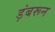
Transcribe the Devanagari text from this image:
ड़ंबरून